Vabadussoja_Ajaloo_Komitee, lk 17
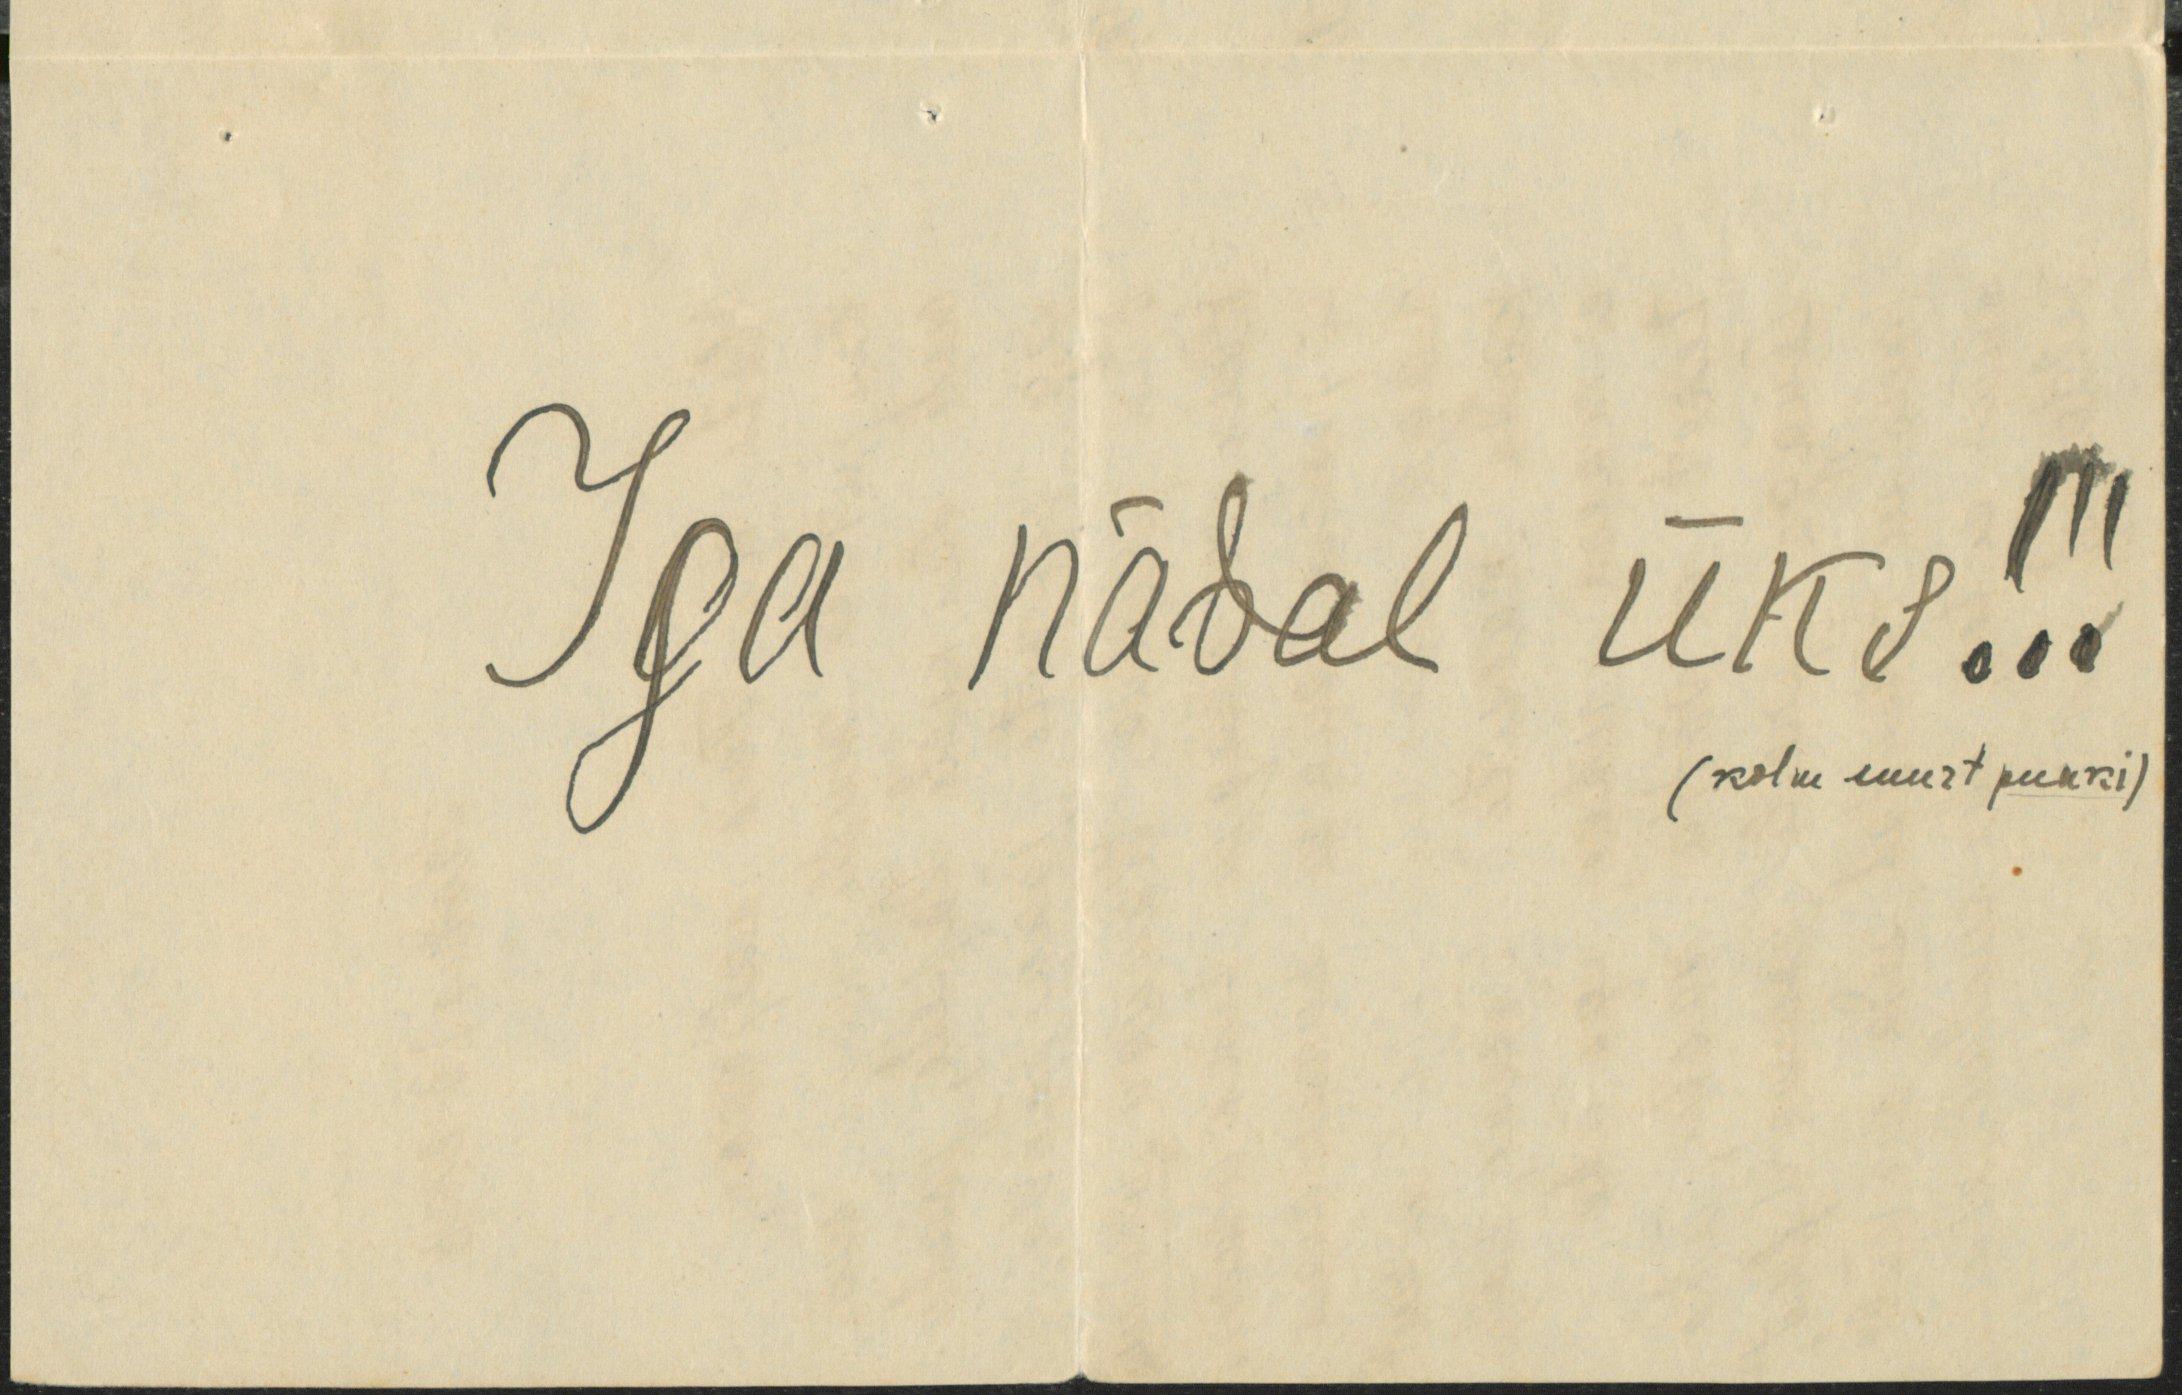
Iga nädal üks!!!
(kolm suurt punki)